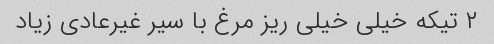
۲ تیکه خیلی خیلی ریز مرغ با سیر غیرعادی زیاد